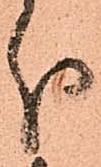
分